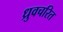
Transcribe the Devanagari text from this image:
ध्रुवचरित